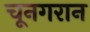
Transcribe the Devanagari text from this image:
चूनगरान